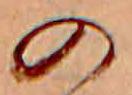
の